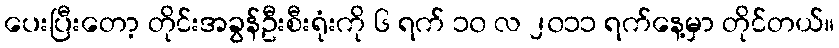
ပေးပြီးတော့ တိုင်းအခွန်ဦးစီးရုံးကို ၆ ရက် ၁၀ လ ၂၀၁၁ ရက်နေ့မှာ တိုင်တယ်။